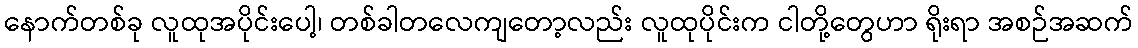
နောက်တစ်ခု လူထုအပိုင်းပေါ့၊ တစ်ခါတလေကျတော့လည်း လူထုပိုင်းက ငါတို့တွေဟာ ရိုးရာ အစဉ်အဆက်